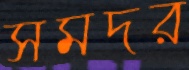
সমদর